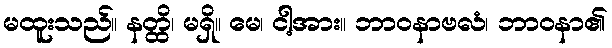
မထူးသည်။ နတ္ထိ၊ မရှိ။ မေ၊ ငါ့အား။ ဘာဝနာဗလံ၊ ဘာဝနာ၏